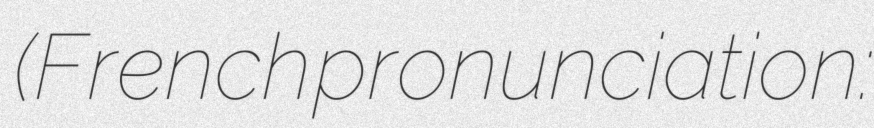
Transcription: (French pronunciation: